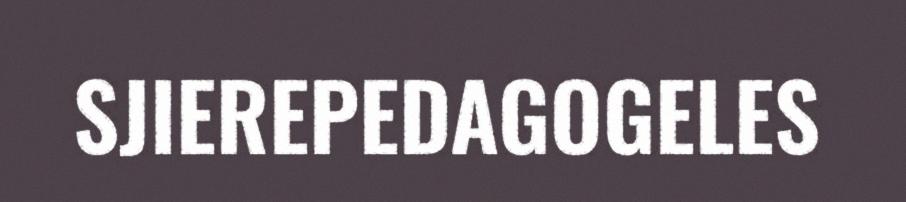
SJIEREPEDAGOGELES